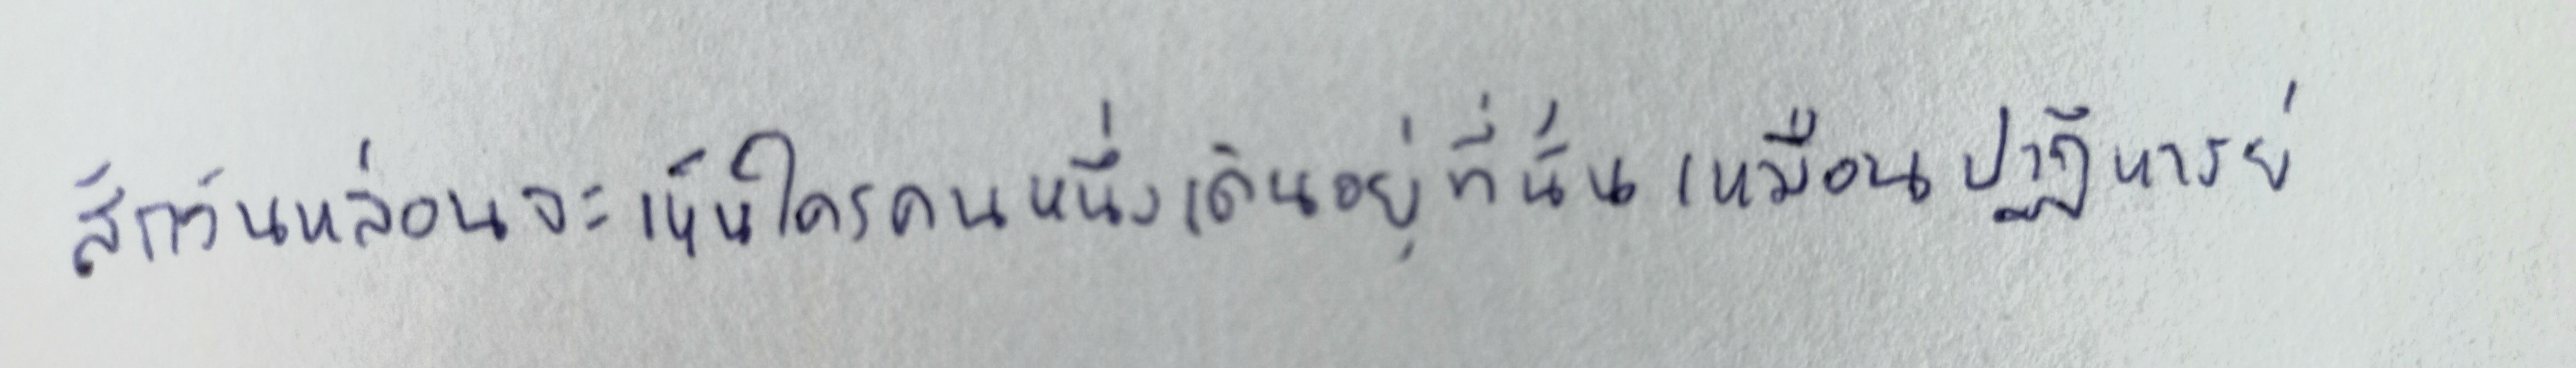
สักวันหล่อนจะเห็นใครคนหนึ่งเดินอยู่ที่นั่นเหมือนปาฏิหาริย์